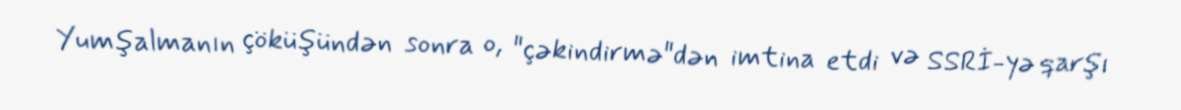
Yumşalmanın çöküşündən sonra o, "çəkindirmə"dən imtina etdi və SSRİ-yə qarşı